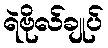
ရဲဗိုလ်ချုပ်